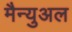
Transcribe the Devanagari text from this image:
मैन्‍युअल